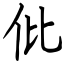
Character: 仳